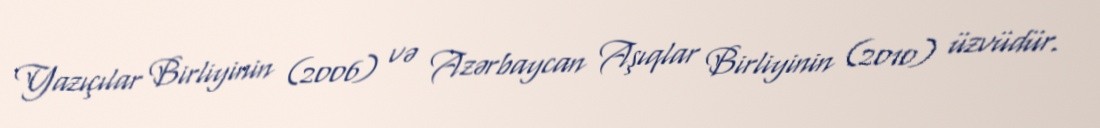
Yazıçılar Birliyinin (2006) və Azərbaycan Aşıqlar Birliyinin (2010) üzvüdür.